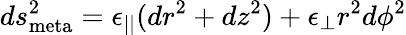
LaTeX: ds_{\textrm{meta}}^{2}=\epsilon_{||}(dr^{2}+dz^{2})+\epsilon_{\perp}r^{2}d\phi^{2}